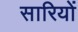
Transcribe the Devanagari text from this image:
सारियों